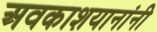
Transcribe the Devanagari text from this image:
अवकाशयानांनी